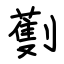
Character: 劐